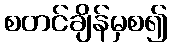
စတင်ချိန်မှစ၍